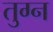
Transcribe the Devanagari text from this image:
तुग्न